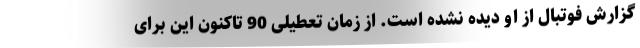
گزارش فوتبال از او دیده نشده است. از زمان تعطیلی 90 تاکنون این برای